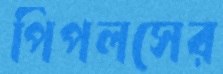
পিপলসের